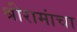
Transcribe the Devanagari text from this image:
श्रीरामांचा